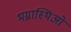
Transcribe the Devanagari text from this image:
भग्नास्थिओं